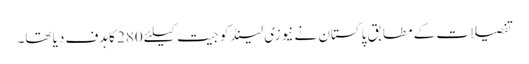
تفصیلات کے مطابق پاکستان نے نیوزی لینڈ کو جیت کیلئے 280 کا ہدف دیا تھا۔